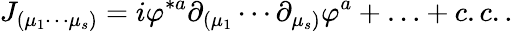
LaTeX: J_{(\mu_{1}\cdots\mu_{s})}=i\varphi^{*a}\partial_{(\mu_{1}}\cdots\partial_{\mu_{s})}\varphi^{a}+\ldots+c.c..